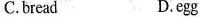
C.bread D.egg